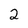
Character: 2